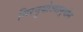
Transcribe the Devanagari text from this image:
निरनुयोज्यानुयोग